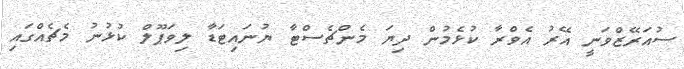
ސުއަރޭޒްވަނީ އޭރު އެވްރާ ކުޅެމުން ދިޔަ މެންޗެސްޓާ ޔުނައިޓަޑާ ލިވަޕޫލް ކުޅުނު މެޗެއްގައި